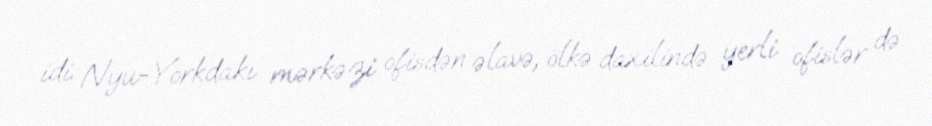
idi. Nyu-Yorkdakı mərkəzi ofisdən əlavə, ölkə daxilində yerli ofislər də